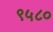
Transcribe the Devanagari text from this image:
९५८०